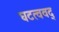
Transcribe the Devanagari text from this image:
घटत्ववद्